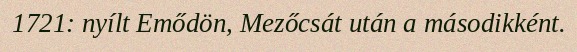
1721: nyílt Emődön, Mezőcsát után a másodikként.